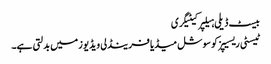
بیسٹ ڈیلی ہیلپر کیٹیگری
ٹیسٹی ریسیپز کو سوشل میڈیا فرینڈلی ویڈیوز میں بدلتی ہے۔